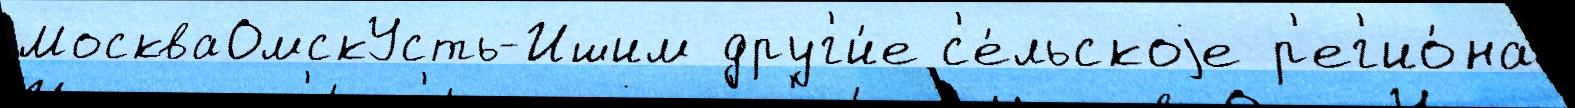
МоскваОмскУсть-Ишим друг'и́е с'е́льскоjе р'ег'ио́на